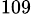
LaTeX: ^{109}